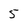
Character: 5